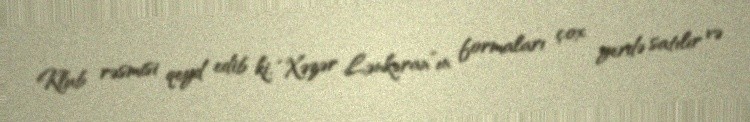
Klub rəsmisi qeyd edib ki, “Xəzər Lənkəran”ın formaları çox yerdə satılır və